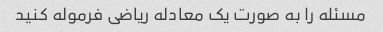
مسئله را به صورت یک معادله ریاضی فرموله کنید